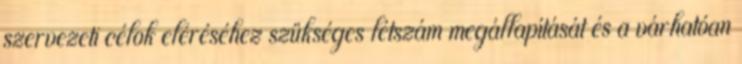
szervezeti célok eléréséhez szükséges létszám megállapítását és a várhatóan